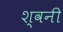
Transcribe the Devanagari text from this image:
श्वनी